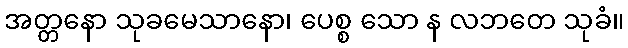
အတ္တနော သုခမေသာနော၊ ပေစ္စ သော န လဘတေ သုခံ။